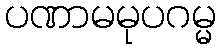
ပဏာမမုပဂမ္မ